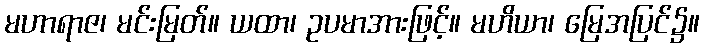
မဟာရာဇ၊ မင်းမြတ်။ ယထာ၊ ဥပမာအားဖြင့်။ မဟိယာ၊ မြေအပြင်၌။